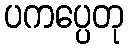
ပကပ္ပေတု